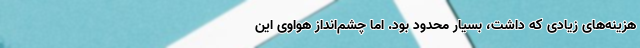
هزینه‌های زیادی که داشت، بسیار محدود بود. اما چشم‌انداز هواوی این